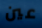
عين